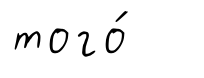
того́